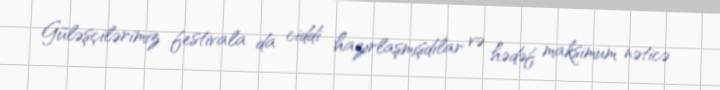
Güləşçilərimiz festivala da ciddi hazırlaşmışdılar və hədəf maksimum nəticə